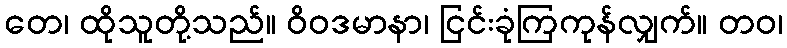
တေ၊ ထိုသူတို့သည်။ ဝိဝဒမာနာ၊ ငြင်းခုံကြကုန်လျှက်။ တဝ၊